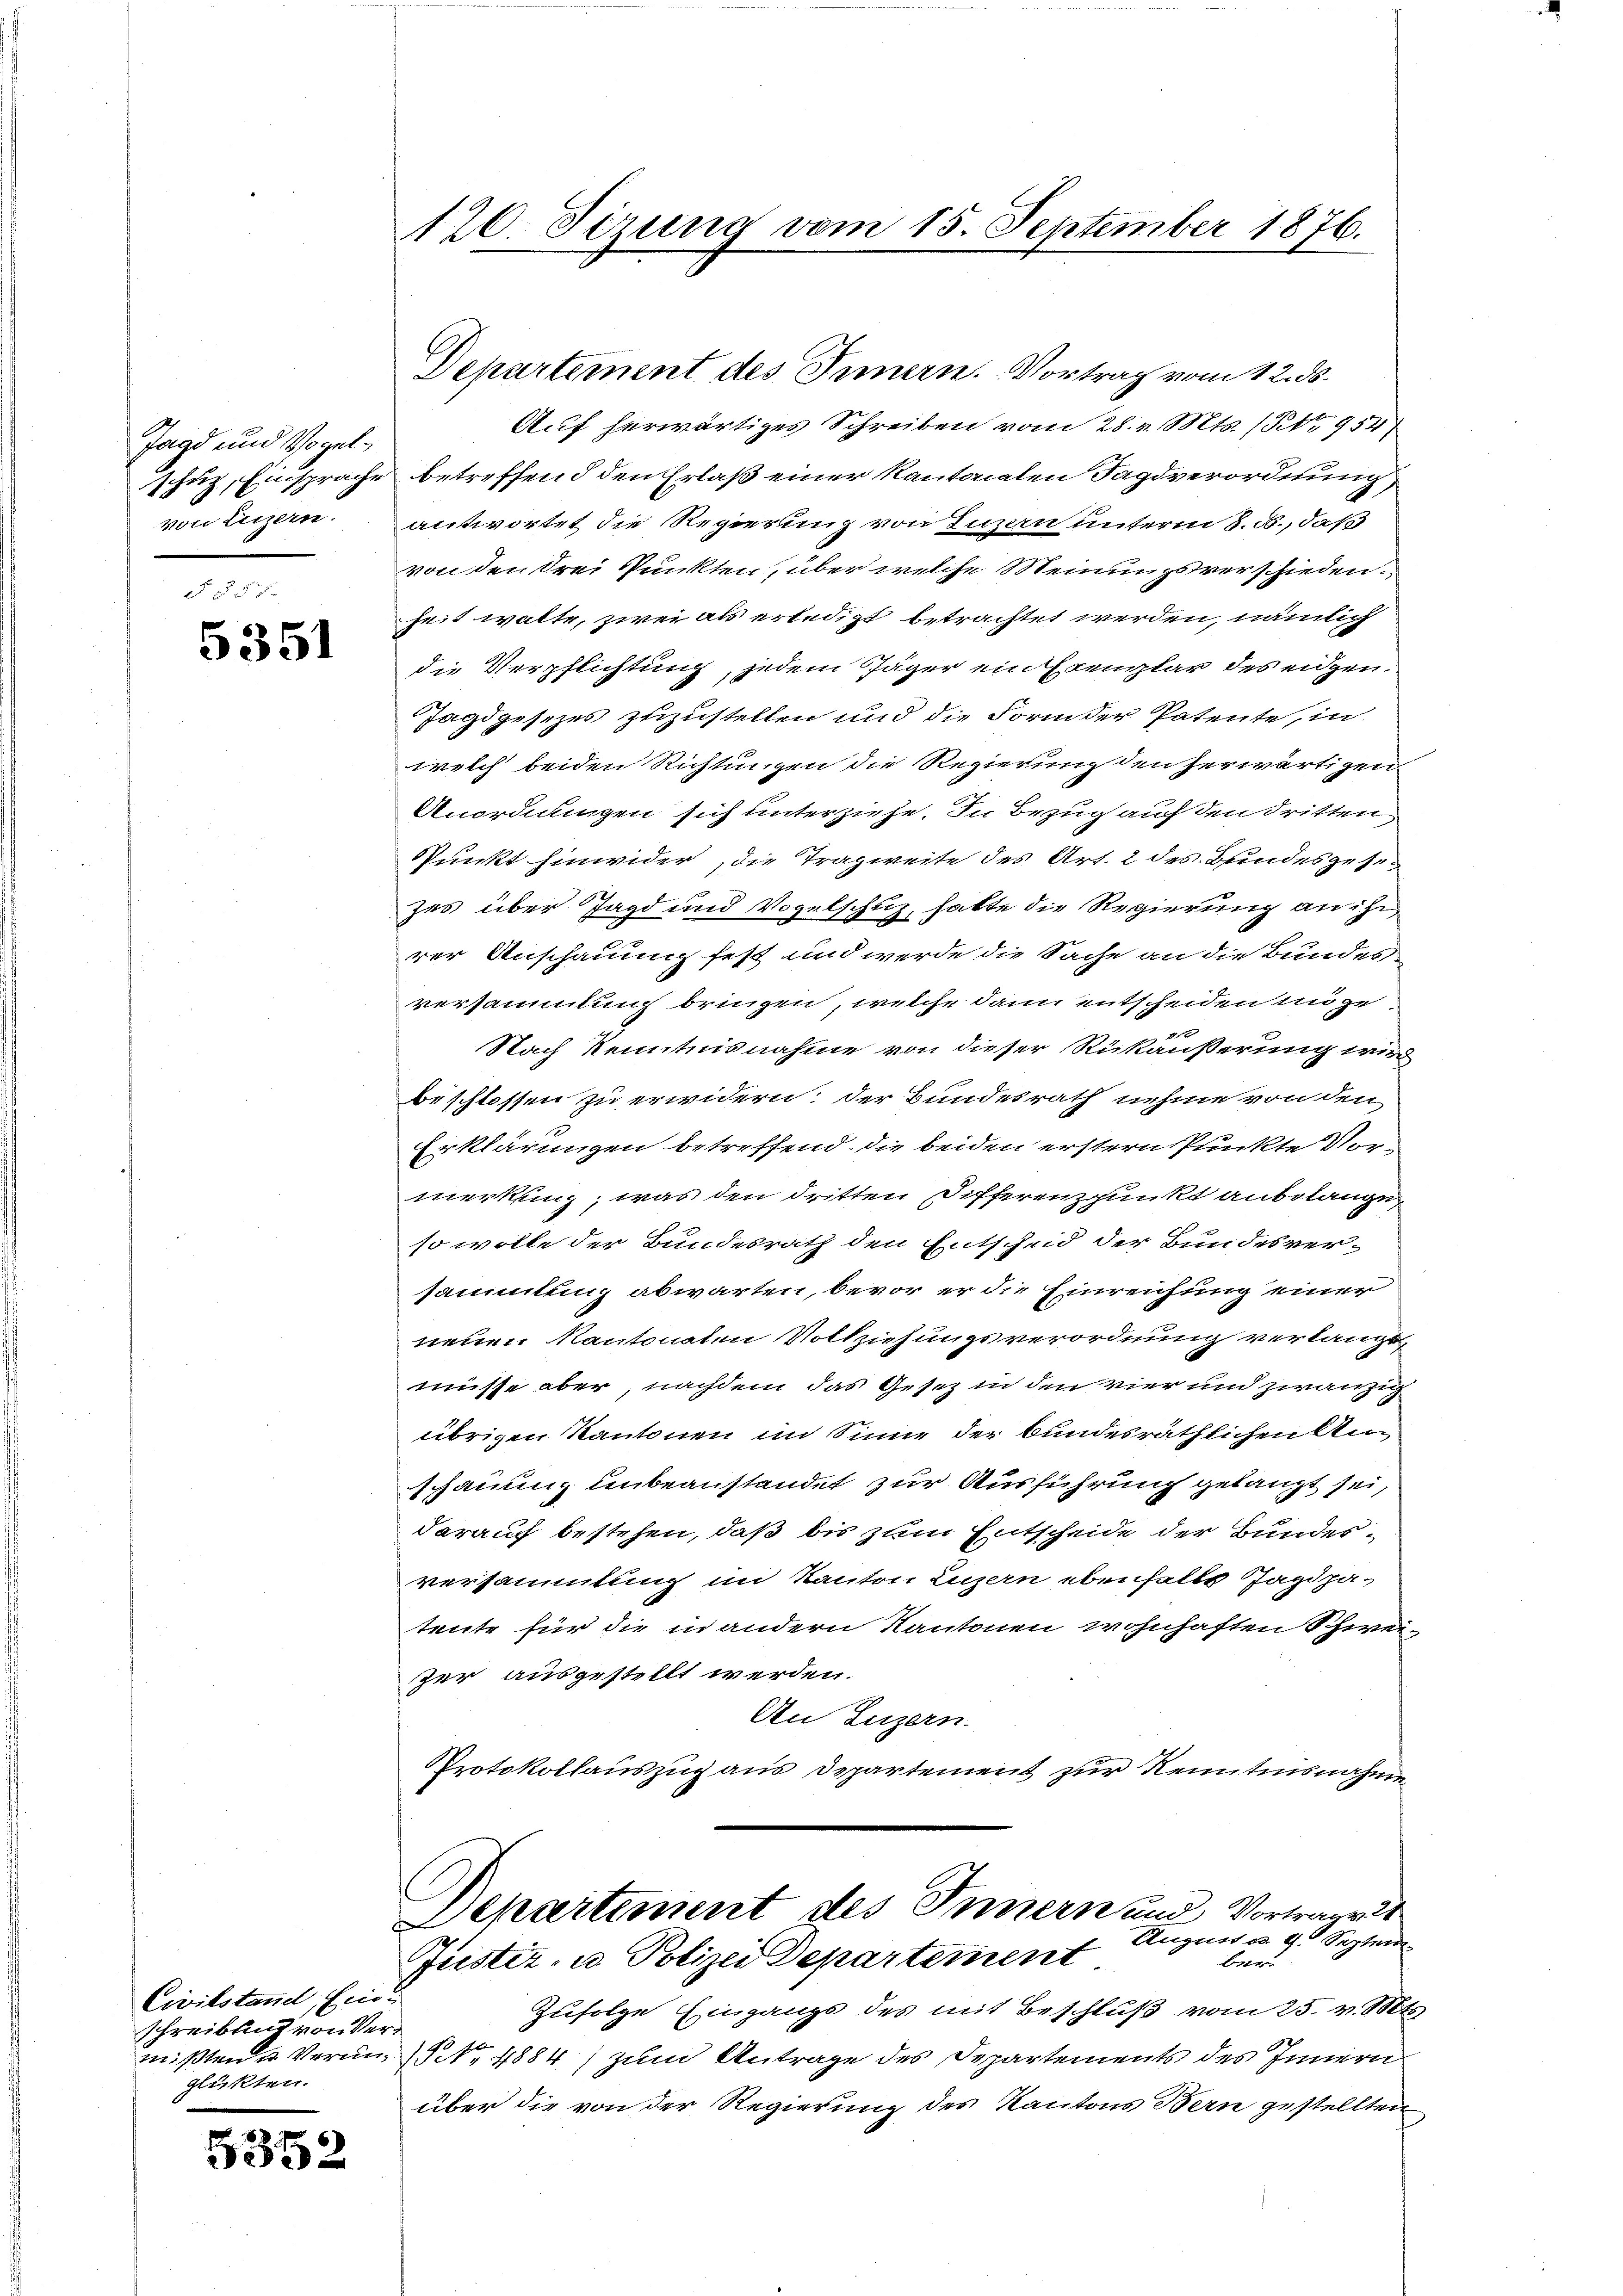
Jagd und Vogelvon Luzern.

5351

Civilstand, Einschreibung von Verglükten.

5352

120. Sizung vom 15. September 1876.

Departement des Innern. Vortrag vom 12. ds.
Auf herwärtiges Schreiben vom 28. v. Mts. (Rt 954
schuz, Einsprache betreffend den Erlaß einer kantonalen Tagsverordnung,
antwortet die Regierung von Luzern unterm 8. ds., daß
von den drei Punkten, über welche Meinungsverschiedenheit walte, zwei als erledigt betrachtet werden, nämlich
die Verpflichtung, jedem Jäger ein Exemplar des eidgen.
Jagdgesezes zuzustellen und die Form der Patente, in
welch beiden Richtungen die Regierung den herwärtigen
Anordnungen sich unterziehe. In Bezug auf den dritten
Punkt hinwider, die Tragweite des Art. 2 des Bundesgesezes über Jagd und Vogelschuz, hatte die Regierung an ihr,
rer Anschauung fest und werde die Sache an die Bundes
versammlung bringen, welche dann entscheiden möge
x
Nach Kenntnisnahme von dieser Rükäußerung wird
beschlossen zu erwidern; der Bundesrath nehme von den
Erklärungen betreffend die beiden erstern flückte Vormerkung, was den dritten Differenzpunkt anbelange,
so wolle der Bundesrath den Entscheid der Bundesver-
sammlung abwarten, bevor er die Einreichung einer
neuen Kantonaten Vollziehungsverordnung verlangt,
misse aber, nachdem das Gesetz in den vier und zwanzig
übrigen Kantonen im Sinne der bundesräthlichen Anschauung unbeanstandet zur Ausführung gelangt sei,
darauf bestehen, daß bis zum Entscheide der Bundesversammlung im Kanton Luzern ebenselbe Jagdpa-
tente für die in andern Kantonen wohnhaften Schweizer ausgestellt werden.
An Luzern.
PProtokollauszug aus Departement zur Kenntnisnahmen
.
Departement des Innern und Vortrages
Augen a. g. Septem
Justiz- u Polizei Departement
ber
Zufolge Eingangs des mit Beschluß vom 25. v. Mts.
mißten u. Verung No. 4884) zum Antrage des Departements des Innern
über die von der Regierung des Kantons Bern gestellten